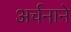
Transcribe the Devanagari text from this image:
अर्चनाने